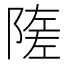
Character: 隓